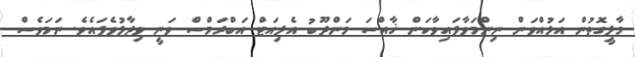
މާލީގޮތުން އަޅުއްވަން ނިންމަވާފައިވާކަން ޚާއްސަ މަންދޫބު އެލިއަޓް އަބްރަމްސް ވަނީ ވިދާޅުވެފައެވެ. ނަމަވެސް